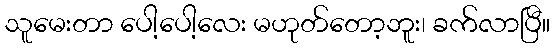
သူမေးတာ ပေါ့ပေါ့လေး မဟုတ်တော့ဘူး၊ ခက်လာပြီ။